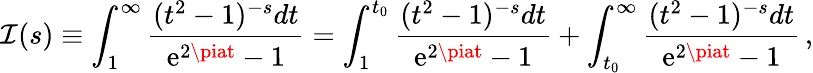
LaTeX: \mathcal{I}(s)\equiv\int_{1}^{\infty}{\frac{{(t^{2}-1)^{-s}dt}}{{\mathrm{{e}}^{2\piat}-1}}}=\int_{1}^{t_{0}}{\frac{{(t^{2}-1)^{-s}dt}}{{\mathrm{{e}}^{2\piat}-1}}}+\int_{t_{0}}^{\infty}{\frac{{(t^{2}-1)^{-s}dt}}{{\mathrm{{e}}^{2\piat}-1}}}\, ,